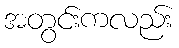
အတွင်းကလည်း